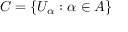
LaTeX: C = \lbrace U _ { \alpha } : \alpha \in A \rbrace